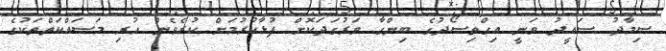
ސިމާދު ސައީދު ވަނީ އިގްތިސޯދުގެ ބިންގާ ވަރުގަދަކޮށް ފުޅާކުރުމަށް ކުރެވެން ހުރި މަސައްކަތްތަކުގެ